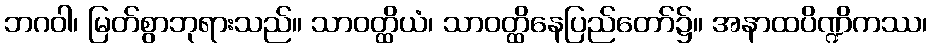
ဘဂဝါ၊ မြတ်စွာဘုရားသည်။ သာဝတ္ထိယံ၊ သာဝတ္ထိနေပြည်တော်၌။ အနာထပိဏ္ဍိကဿ၊